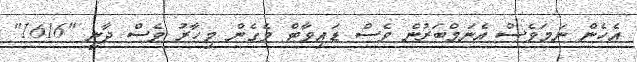
އެހެން ނަމަވެސް އެނަމްބަރުން ވެސް ޑައިވާޓް ވެގެން މިހާރު ވެސް ދާނީ "1616"